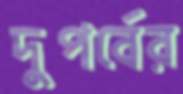
দুপর্বের